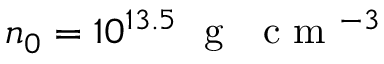
n _ { 0 } = 1 0 ^ { 1 3 . 5 } ~ \mathrm { ~ g ~ ~ ~ c ~ m ~ } ^ { - 3 }